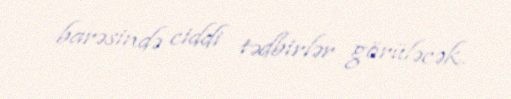
barəsində ciddi tədbirlər görüləcək.